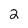
Character: 2